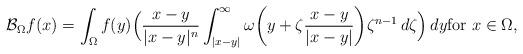
LaTeX: \begin{align*}\mathcal B_\Omega f(x)=\int_{\Omega}f(y)\Big(\frac{x-y}{|x-y|^{n}}\int_{|x-y|}^\infty\omega\bigg(y+\zeta\frac{x-y}{|x-y|}\bigg)\zeta^{n-1}\,d\zeta\Big)\,dy\hbox{for $x \in \Omega$,}\end{align*}